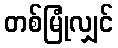
တစ်မြုံလျှင်